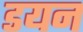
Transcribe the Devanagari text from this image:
डयन